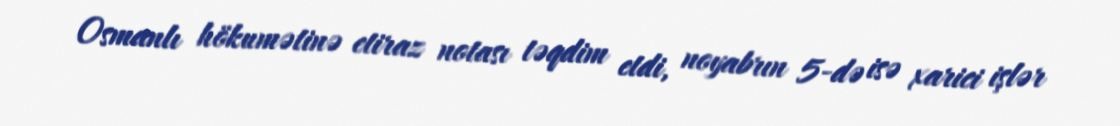
Osmanlı hökumətinə etiraz notası təqdim etdi, noyabrın 5-də isə xarici işlər